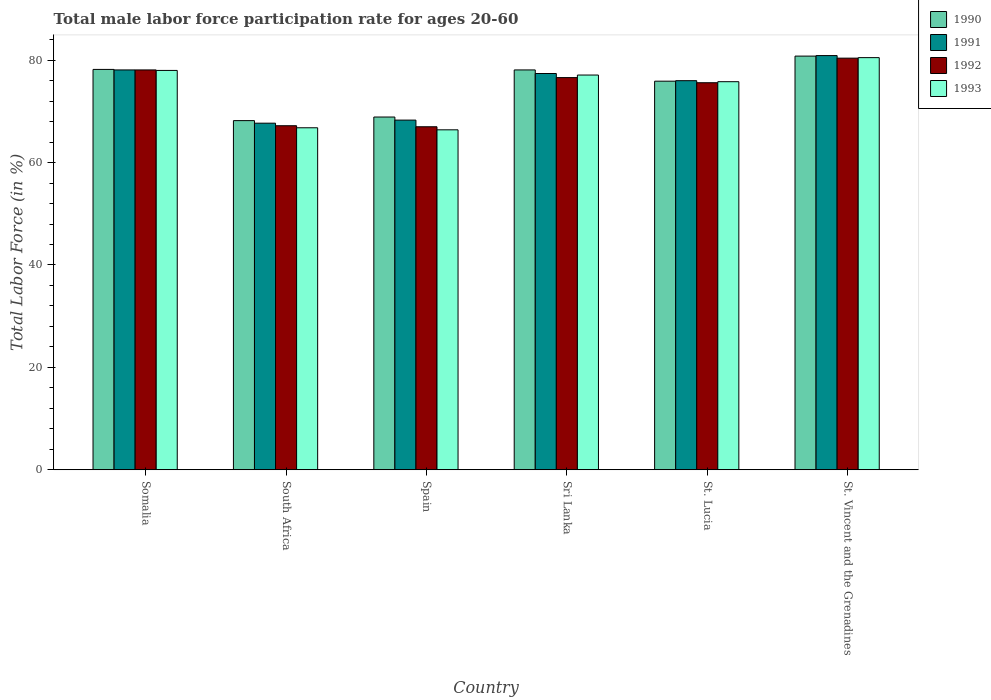
| Country | 1990 | 1991 | 1992 | 1993 |
 | --- | --- | --- | --- | --- |
 | Somalia | 78.2 | 78.1 | 78.1 | 78 |
 | South Africa | 68.2 | 67.7 | 67.2 | 66.8 |
 | Spain | 68.9 | 68.3 | 67 | 66.4 |
 | Sri Lanka | 78.1 | 77.4 | 76.6 | 77.1 |
 | St. Lucia | 75.9 | 76 | 75.6 | 75.8 |
 | St. Vincent and the Grenadines | 80.8 | 80.9 | 80.4 | 80.5 |